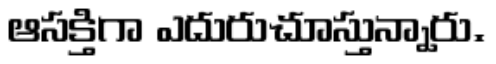
ఆసక్తిగా ఎదురుచూస్తున్నారు.